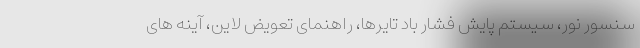
سنسور نور، سیستم‌ پایش فشار باد تایرها، راهنمای تعویض لاین، آینه های